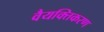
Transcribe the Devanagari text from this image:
वैयक्तिकरण